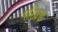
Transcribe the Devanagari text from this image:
परिप्रश्न